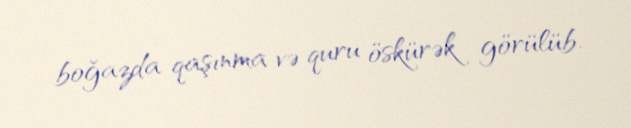
boğazda qaşınma və quru öskürək görülüb.